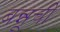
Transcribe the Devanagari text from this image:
बन्नूची